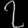
Digit: ၇